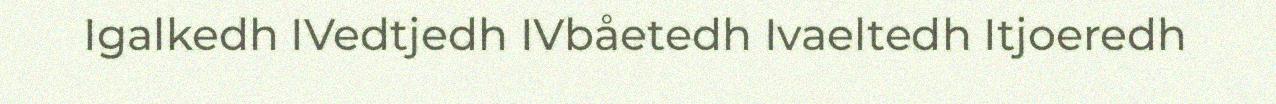
Igalkedh IVedtjedh IVbåetedh Ivaeltedh Itjoeredh